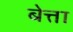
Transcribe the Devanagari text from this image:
बेत्ता